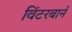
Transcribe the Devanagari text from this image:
विंटरबार्न